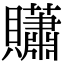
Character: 𧹀